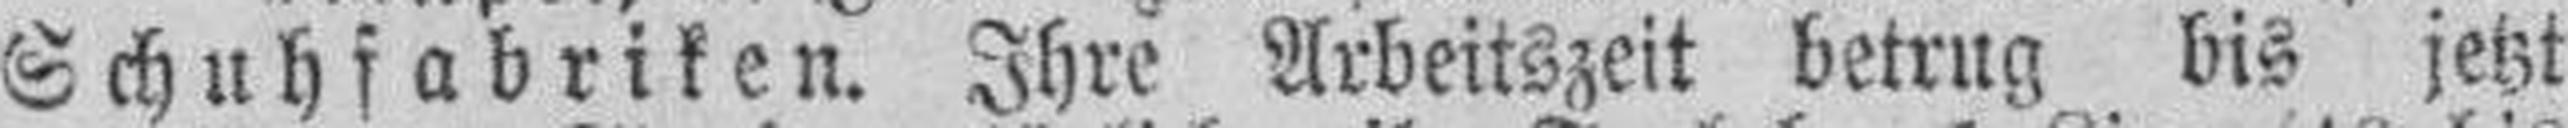
Schuhfabriken. Ihre Arbeitszeit betrug bis jetzt